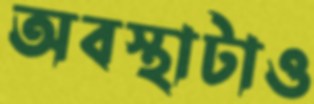
অবস্থাটাও